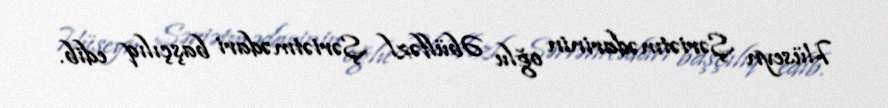
Hüseyn Şəriətmədarinin oğlu Əbülfəzl Şəriətmədari başçılıq edib.